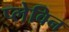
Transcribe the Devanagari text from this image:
प्लेविन